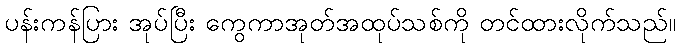
ပန်းကန်ပြား အုပ်ပြီး ကွေကာအုတ်အထုပ်သစ်ကို တင်ထားလိုက်သည်။